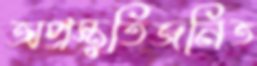
অপ্রস্তুতিজনিত